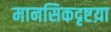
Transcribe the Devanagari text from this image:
मानसिकदृष्टय़ा